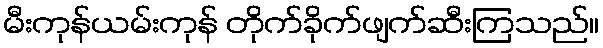
မီးကုန်ယမ်းကုန် တိုက်ခိုက်ဖျက်ဆီးကြသည်။